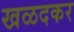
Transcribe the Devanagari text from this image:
खळदकर